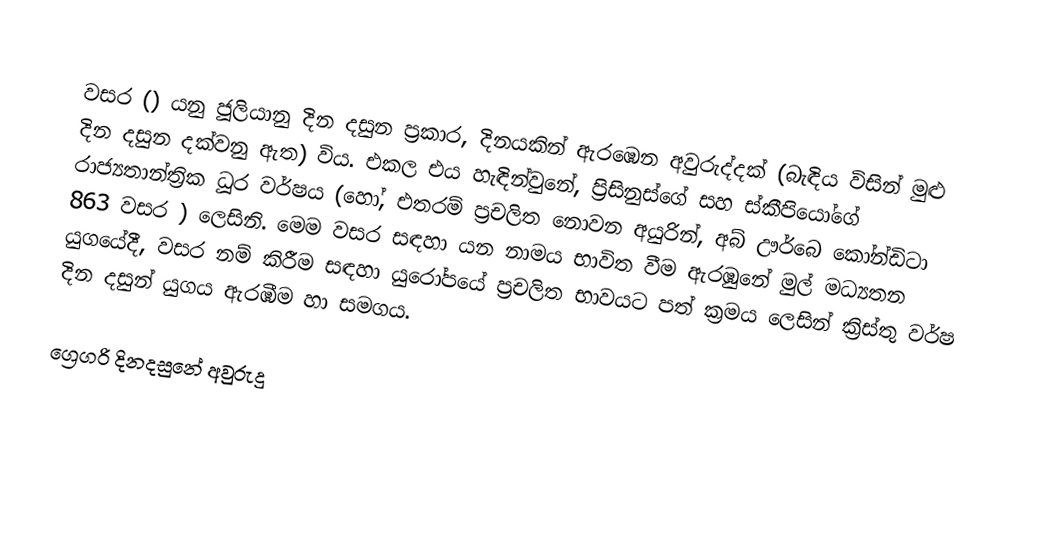

වසර   () යනු  ජූලියානු දින දසුන ප්‍රකාර,    දිනයකින් ඇරඹෙන  අවුරුද්දක්   (බැඳිය විසින් මුළු දින දසුන දක්වනු ඇත)  විය. එකල එය හැඳින්වුනේ, 	ප්‍රිසිනුස්ගේ	 සහ 	ස්කීපියෝගේ	  රාජ්‍යතාන්ත්‍රික  ධූර වර්ෂය  (හෝ, එතරම් ප්‍රචලිත නොවන අයුරින්,  අබ් ඌර්බෙ කෝන්ඩිටා 	863	  වසර  ) ලෙසිනි. මෙම වසර සඳහා   යන නාමය භාවිත වීම ඇරඹුනේ මුල් මධ්‍යතන යුගයේදී, වසර නම් කිරීම සඳහා යුරෝපයේ ප්‍රචලිත භාවයට පත් ක්‍රමය ලෙසින් ක්‍රිස්තු වර්ෂ දින දසුන් යුගය ඇරඹීම හා සමගය.

ග්‍රෙගරි දිනදසුනේ අවුරුදු